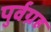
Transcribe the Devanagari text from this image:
पुर्वग्रह